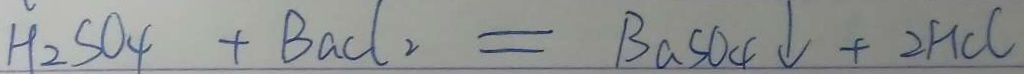
H _ { 2 } S O _ { 4 } + B a C l _ { 2 } = B a S O _ { 4 } \downarrow + 2 H C l